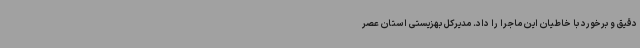
دقیق و برخورد با خاطیان این ماجرا را داد. مدیرکل بهزیستی استان عصر